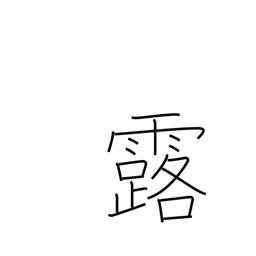
Meaning: dew